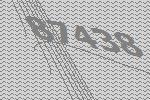
87438